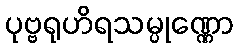
ပုဗ္ဗရုဟိရသမ္ပုဏ္ဏော